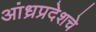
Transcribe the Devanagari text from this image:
आंध्रप्रदेशचे